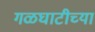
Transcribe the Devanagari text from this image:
गळघाटीच्या